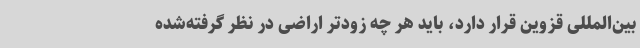
بین‌المللی قزوین قرار دارد، باید هر چه زودتر اراضی در نظر گرفته‌شده